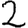
Digit: 2